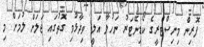
ފޮރިން މިނިސްޓްރީގެ ކޯޑިނޭޓަރު ނަހުލާ އަލީ ވިދާޅުވި ގޮތުގައި ޖަލަށް ލުމަށް މި